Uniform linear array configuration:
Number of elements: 12
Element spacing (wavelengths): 0.5
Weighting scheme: binomial
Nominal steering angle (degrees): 0
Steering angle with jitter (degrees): -1.626
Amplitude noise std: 0.05
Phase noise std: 0.05

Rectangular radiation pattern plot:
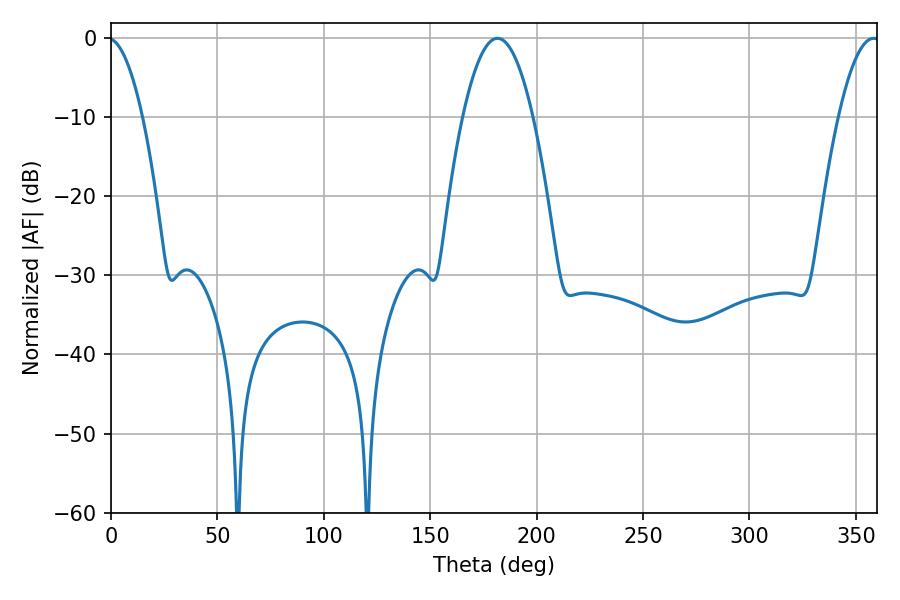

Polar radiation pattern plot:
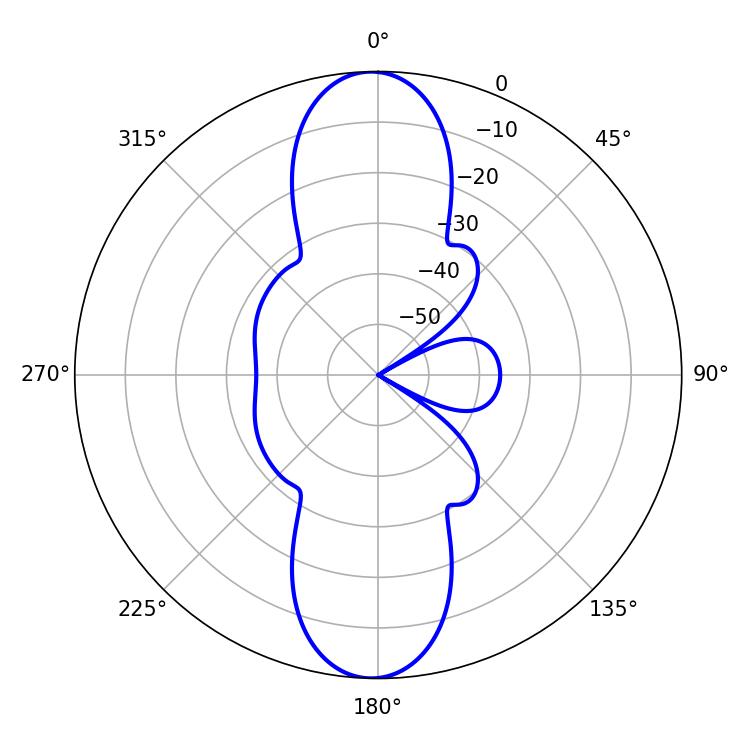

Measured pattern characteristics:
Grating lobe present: FALSE
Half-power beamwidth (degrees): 18
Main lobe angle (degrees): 181.62